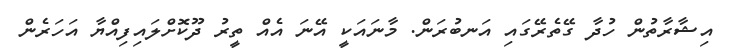
އިޝާރާތުން ހުދާ ގޭތެރޭގައި އަނބުރަން. މާނައަކީ އޭނަ އެއް ތީރު ދޫކޮށްލައިފިއްޔާ އަހަރެން